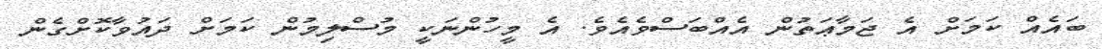
ބައެއް ކަމަށް އެ ޖަމާޢަތުން އެއްބަސްވެއެވެ. އެ މީހުންނަކީ މުސްލިމުން ކަމަށް ދައުވާކޮށްގެން